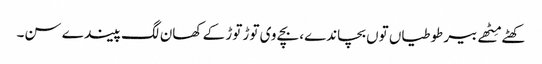
کھٹے مِٹھے بیر طوطیاں توں بچاندے، بچے وی توڑ توڑ کے کھان لگ پیندے سن۔